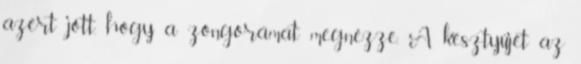
azért jött, hogy a zongorámat megnézze. A kesztyűjét az